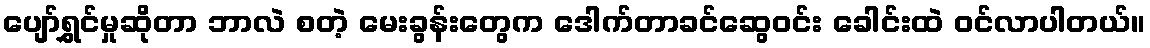
ပျော်ရွှင်မှုဆိုတာ ဘာလဲ စတဲ့ မေးခွန်းတွေက ဒေါက်တာခင်ဆွေဝင်း ခေါင်းထဲ ဝင်လာပါတယ်။